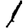
Digit: 1